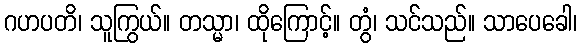
ဂဟပတိ၊ သူကြွယ်။ တသ္မာ၊ ထိုကြောင့်။ တွံ၊ သင်သည်။ သာပေခေါ၊